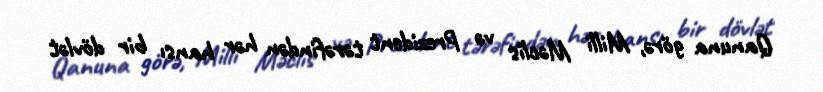
Qanuna görə, Milli Məclis və Prezident tərəfindən hər hansı bir dövlət